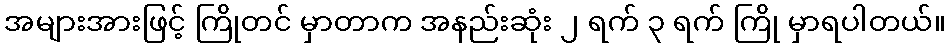
အများအားဖြင့် ကြိုတင် မှာတာက အနည်းဆုံး ၂ ရက် ၃ ရက် ကြို မှာရပါတယ်။